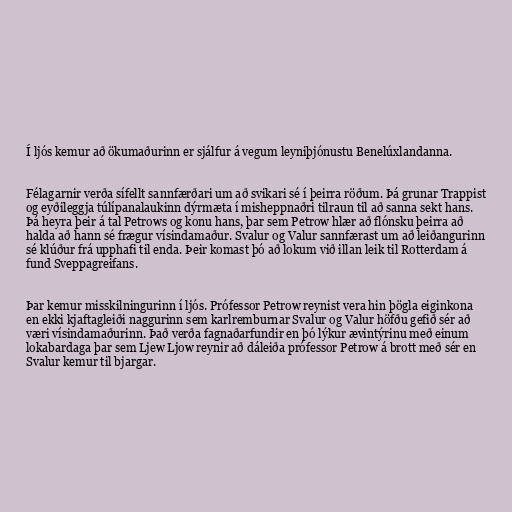
Í ljós kemur að ökumaðurinn er sjálfur á vegum leyniþjónustu Benelúxlandanna.

Félagarnir verða sífellt sannfærðari um að svikari sé í þeirra röðum. Þá grunar Trappist
og eyðileggja túlípanalaukinn dýrmæta í misheppnaðri tilraun til að sanna sekt hans.
Þá heyra þeir á tal Petrows og konu hans, þar sem Petrow hlær að flónsku þeirra að
halda að hann sé frægur vísindamaður. Svalur og Valur sannfærast um að leiðangurinn
sé klúður frá upphafi til enda. Þeir komast þó að lokum við illan leik til Rotterdam á
fund Sveppagreifans.

Þar kemur misskilningurinn í ljós. Prófessor Petrow reynist vera hin þögla eiginkona
en ekki kjaftagleiði naggurinn sem karlremburnar Svalur og Valur höfðu gefið sér að
væri vísindamaðurinn. Það verða fagnaðarfundir en þó lýkur ævintýrinu með einum
lokabardaga þar sem Ljew Ljow reynir að dáleiða prófessor Petrow á brott með sér en
Svalur kemur til bjargar.